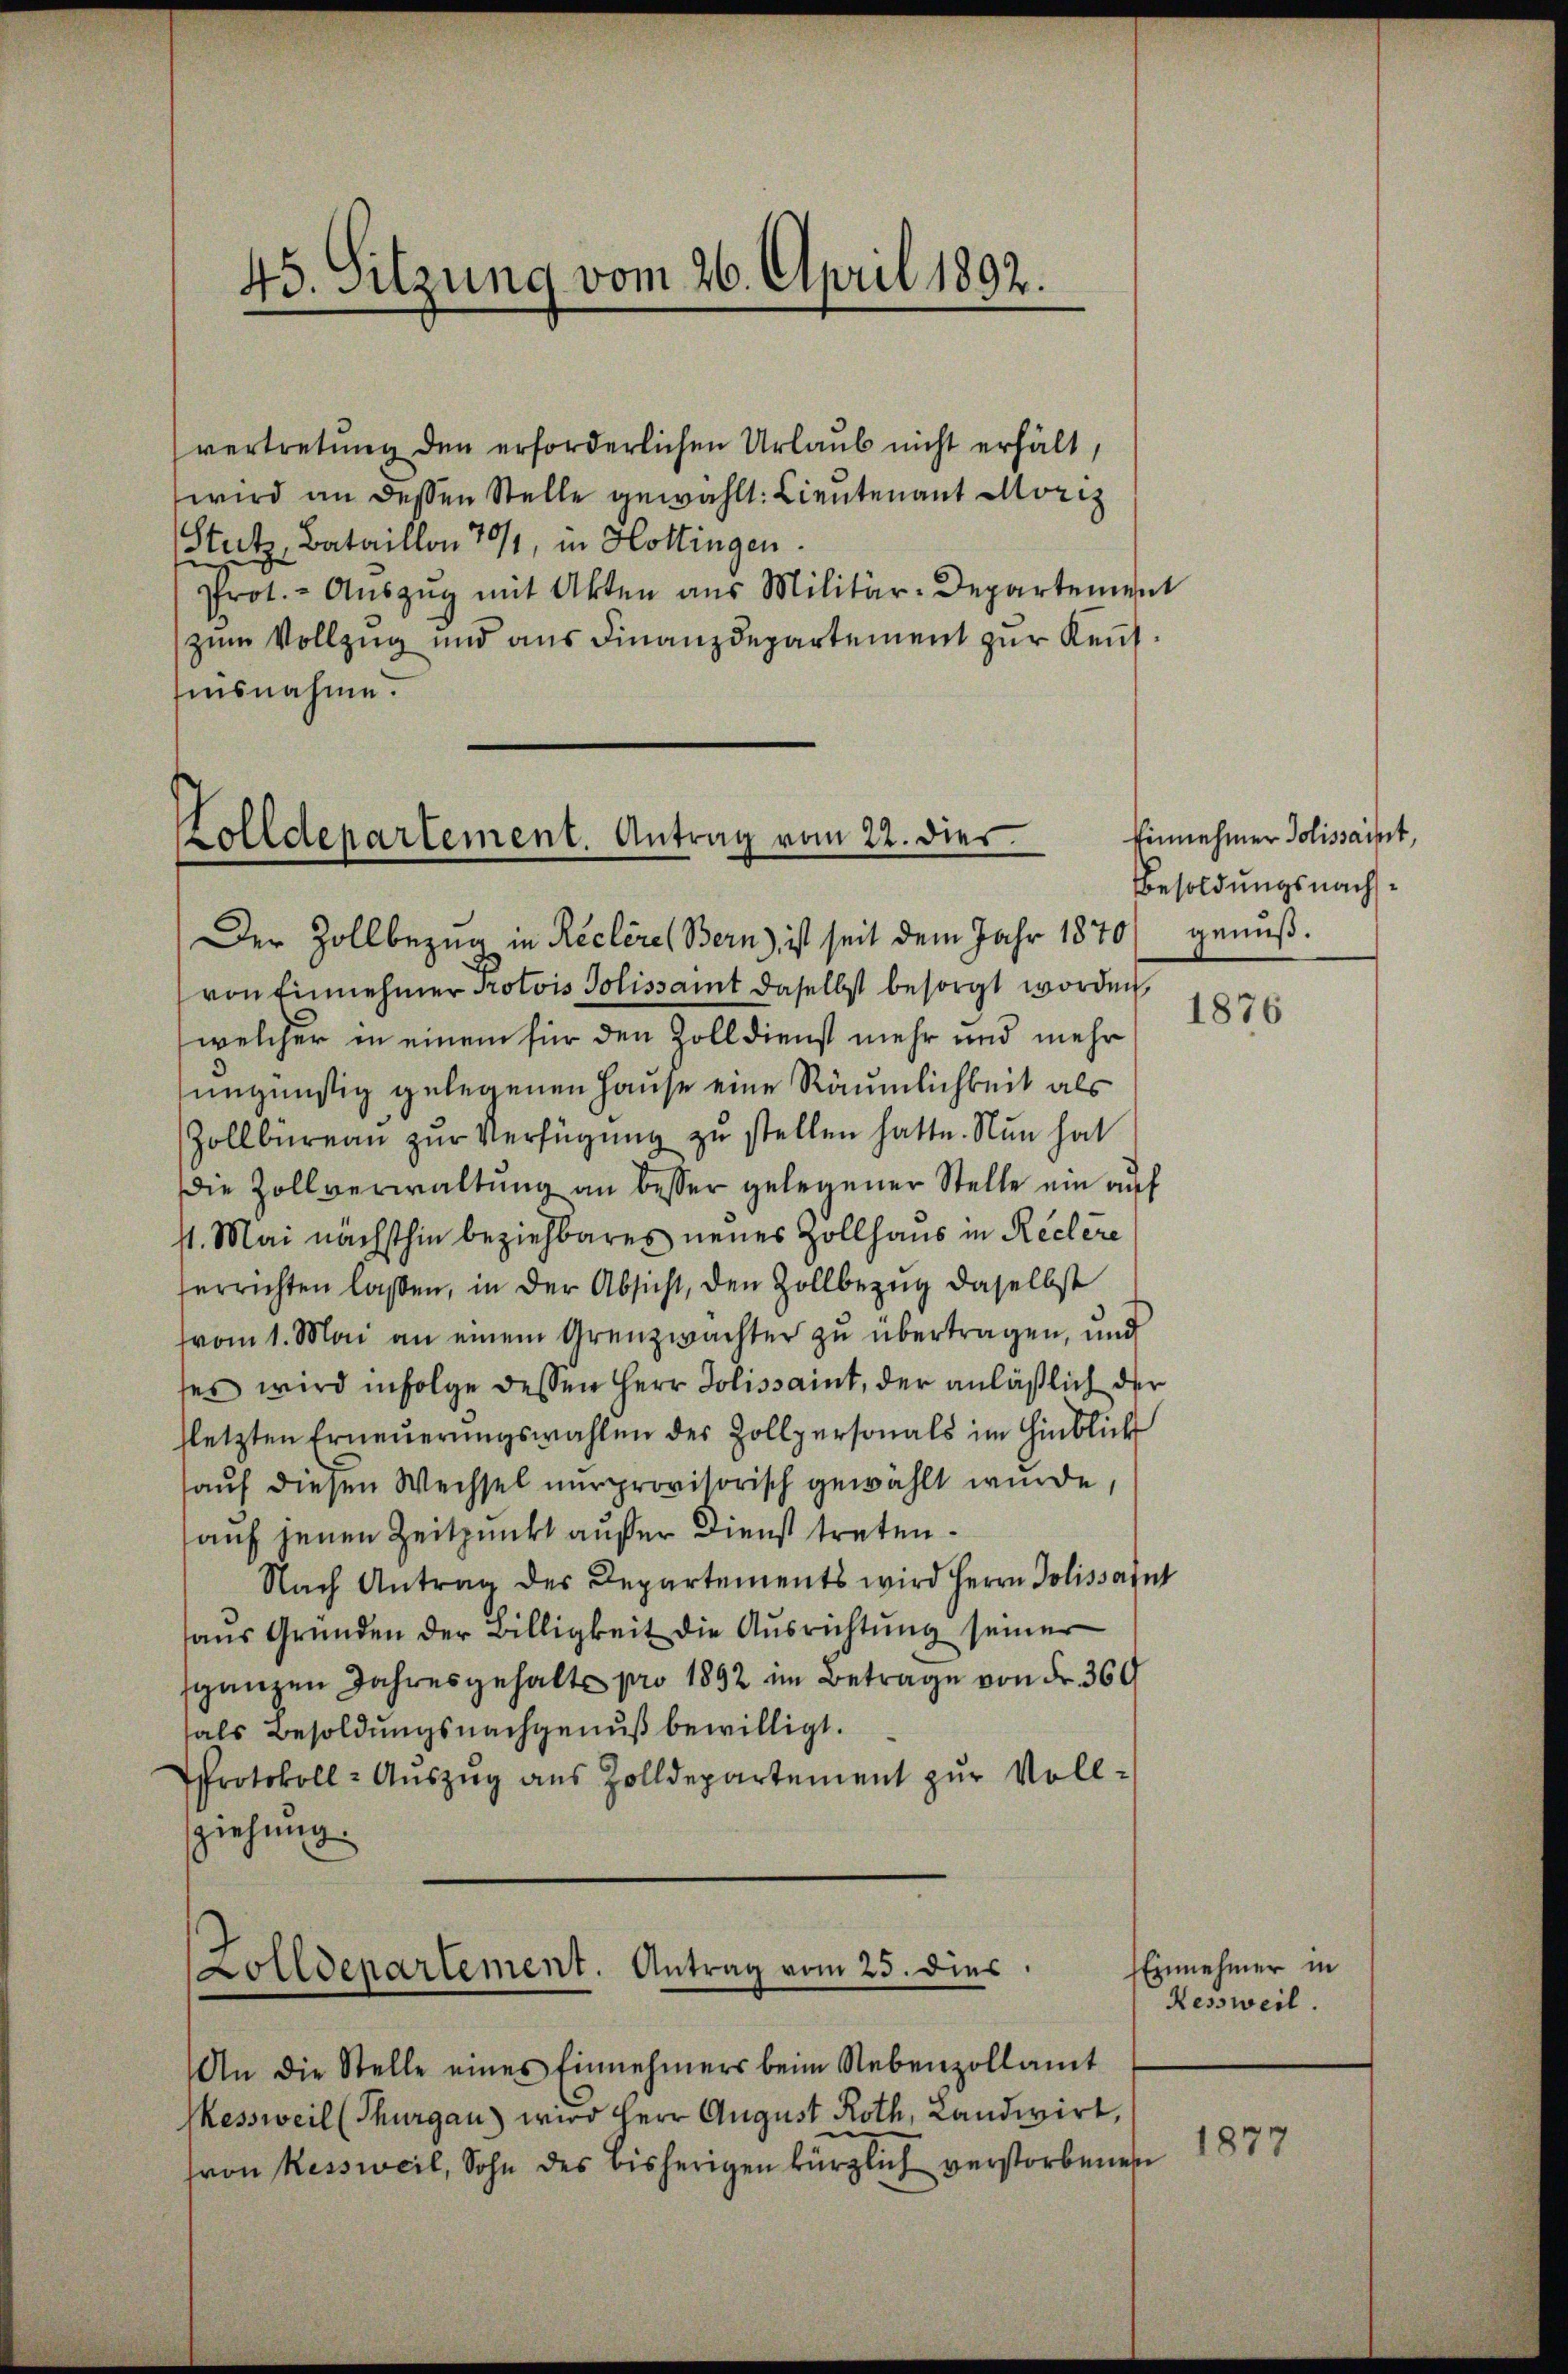
45. Sitzung vom 26. April 1892.

vertretung den erforderlichen Urlaub nicht erhält,
wird an dessen Stelle gewählt: Lieutenant Moriz
Stutz, Bataillon 70/1, in Hottingen.
Prot. - Aŭszŭg mit Akten aus Militär-Departement
zum Vollzug und aus Finanzdepartement zur Kenntinsnahme.

Zolldepartement. Antrag vom 22. dies

Zolldepartement. Antrag vom 25. dies

Der Zollbezug in Reclères Bern), ist seit dem Jahr 1870/ genußvon Einnehmer Protois Solissamt daselbst besorgt worden,
welcher in einem für den Zolldienst mehr und mehr
ungünstig gelegenen Hause eine Räumlichkeit als
Zollbüreau zur Verfügung zu stellen hatte. Nun hat
die Zollverwaltung an besser gelegener Stelle ein auf
st. Mai nächsthin beziehbares neues Zollhaus in Reclere
ferrichten laßen, in der Absicht, den Zollbezug daselbst
vom 1. Mai an einem Grenzwächter zu übertragen, und
ses wird infolge dessen Herr Jolissaint, der anläßlich der
fletzten Erneuerungswahlen des Zollpersonals im Hinblick
auf diesen Wechsel nur provisorisch gewählt wurde,
auf jenen Zeitpunkt außer Dienst treten.
Nach Antrag des Departements wird Herrn Polissant
haŭs Gründen der Billigkeit die Ausrichtung seiner
sganzen Jahresgehalte pro 1892 im Betrage von Fr. 369
als Besoldungsnachgenuß bewilligt.
Protokoll- Aŭszŭg aŭs Zolldepartement zŭr Voll-
ziehung

An die Stelle eines Einnehmers beim Nebenzollamt
Kessweil (Thurgau) wird Herr August Roth, Landwirt,
von Kessweil, Sohn des bisherigen kürzlich verstorbenen

Einnehmer Polissant,
Besoldungsnachs¬

1876

Einnehmer in
Kessweil.

1877